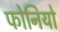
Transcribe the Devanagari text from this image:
फोनियो